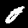
Label: 0